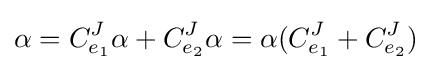
\alpha =C_{e_{1}}^{J}\alpha +C_{e_{2}}^{J}\alpha =\alpha (C_{e_{1}}^{J}+C_{e_{2}}^{J})